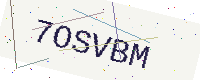
Text: 7OSVBM